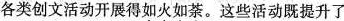
各类创文活动开展得如火如荼。这些活动既提升了